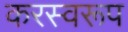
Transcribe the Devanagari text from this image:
करस्वरूप